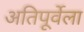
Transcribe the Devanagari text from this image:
अतिपूर्वेला